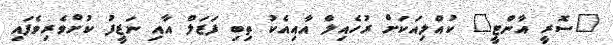
"ސޮރީ އާންޓީ" ކުއްލިއަކަށް ރުހެއިލް އާއިއެކު ތިބި ފަޒަލް އާއި ނަޒީފު ކުށްވެރިވެފައި